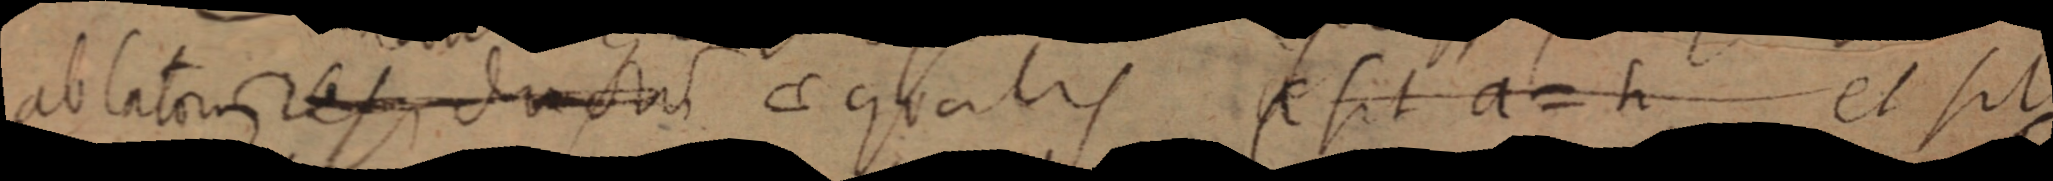
ablatorum _ ductum aequalis X sit a = h et sit